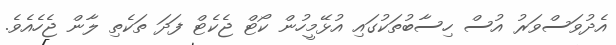
އެދުވަސްވަރު އުސް ހިސާބުތަކުގައި އުޅޭމީހުން ކޯޓް ޖެކެޓް ފަދަ ތަކެތި ލާން ޖެހެއެވެ.